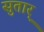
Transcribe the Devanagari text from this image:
सुतार्